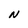
Character: N